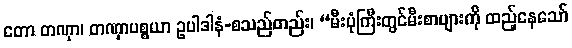
တော တဏှာ၊ တဏှာပစ္စယာ ဥပါဒါနံ-စသည်တည်း၊ “မီးပုံကြီးတွင်မီးစာများကို ထည့်နေသော်